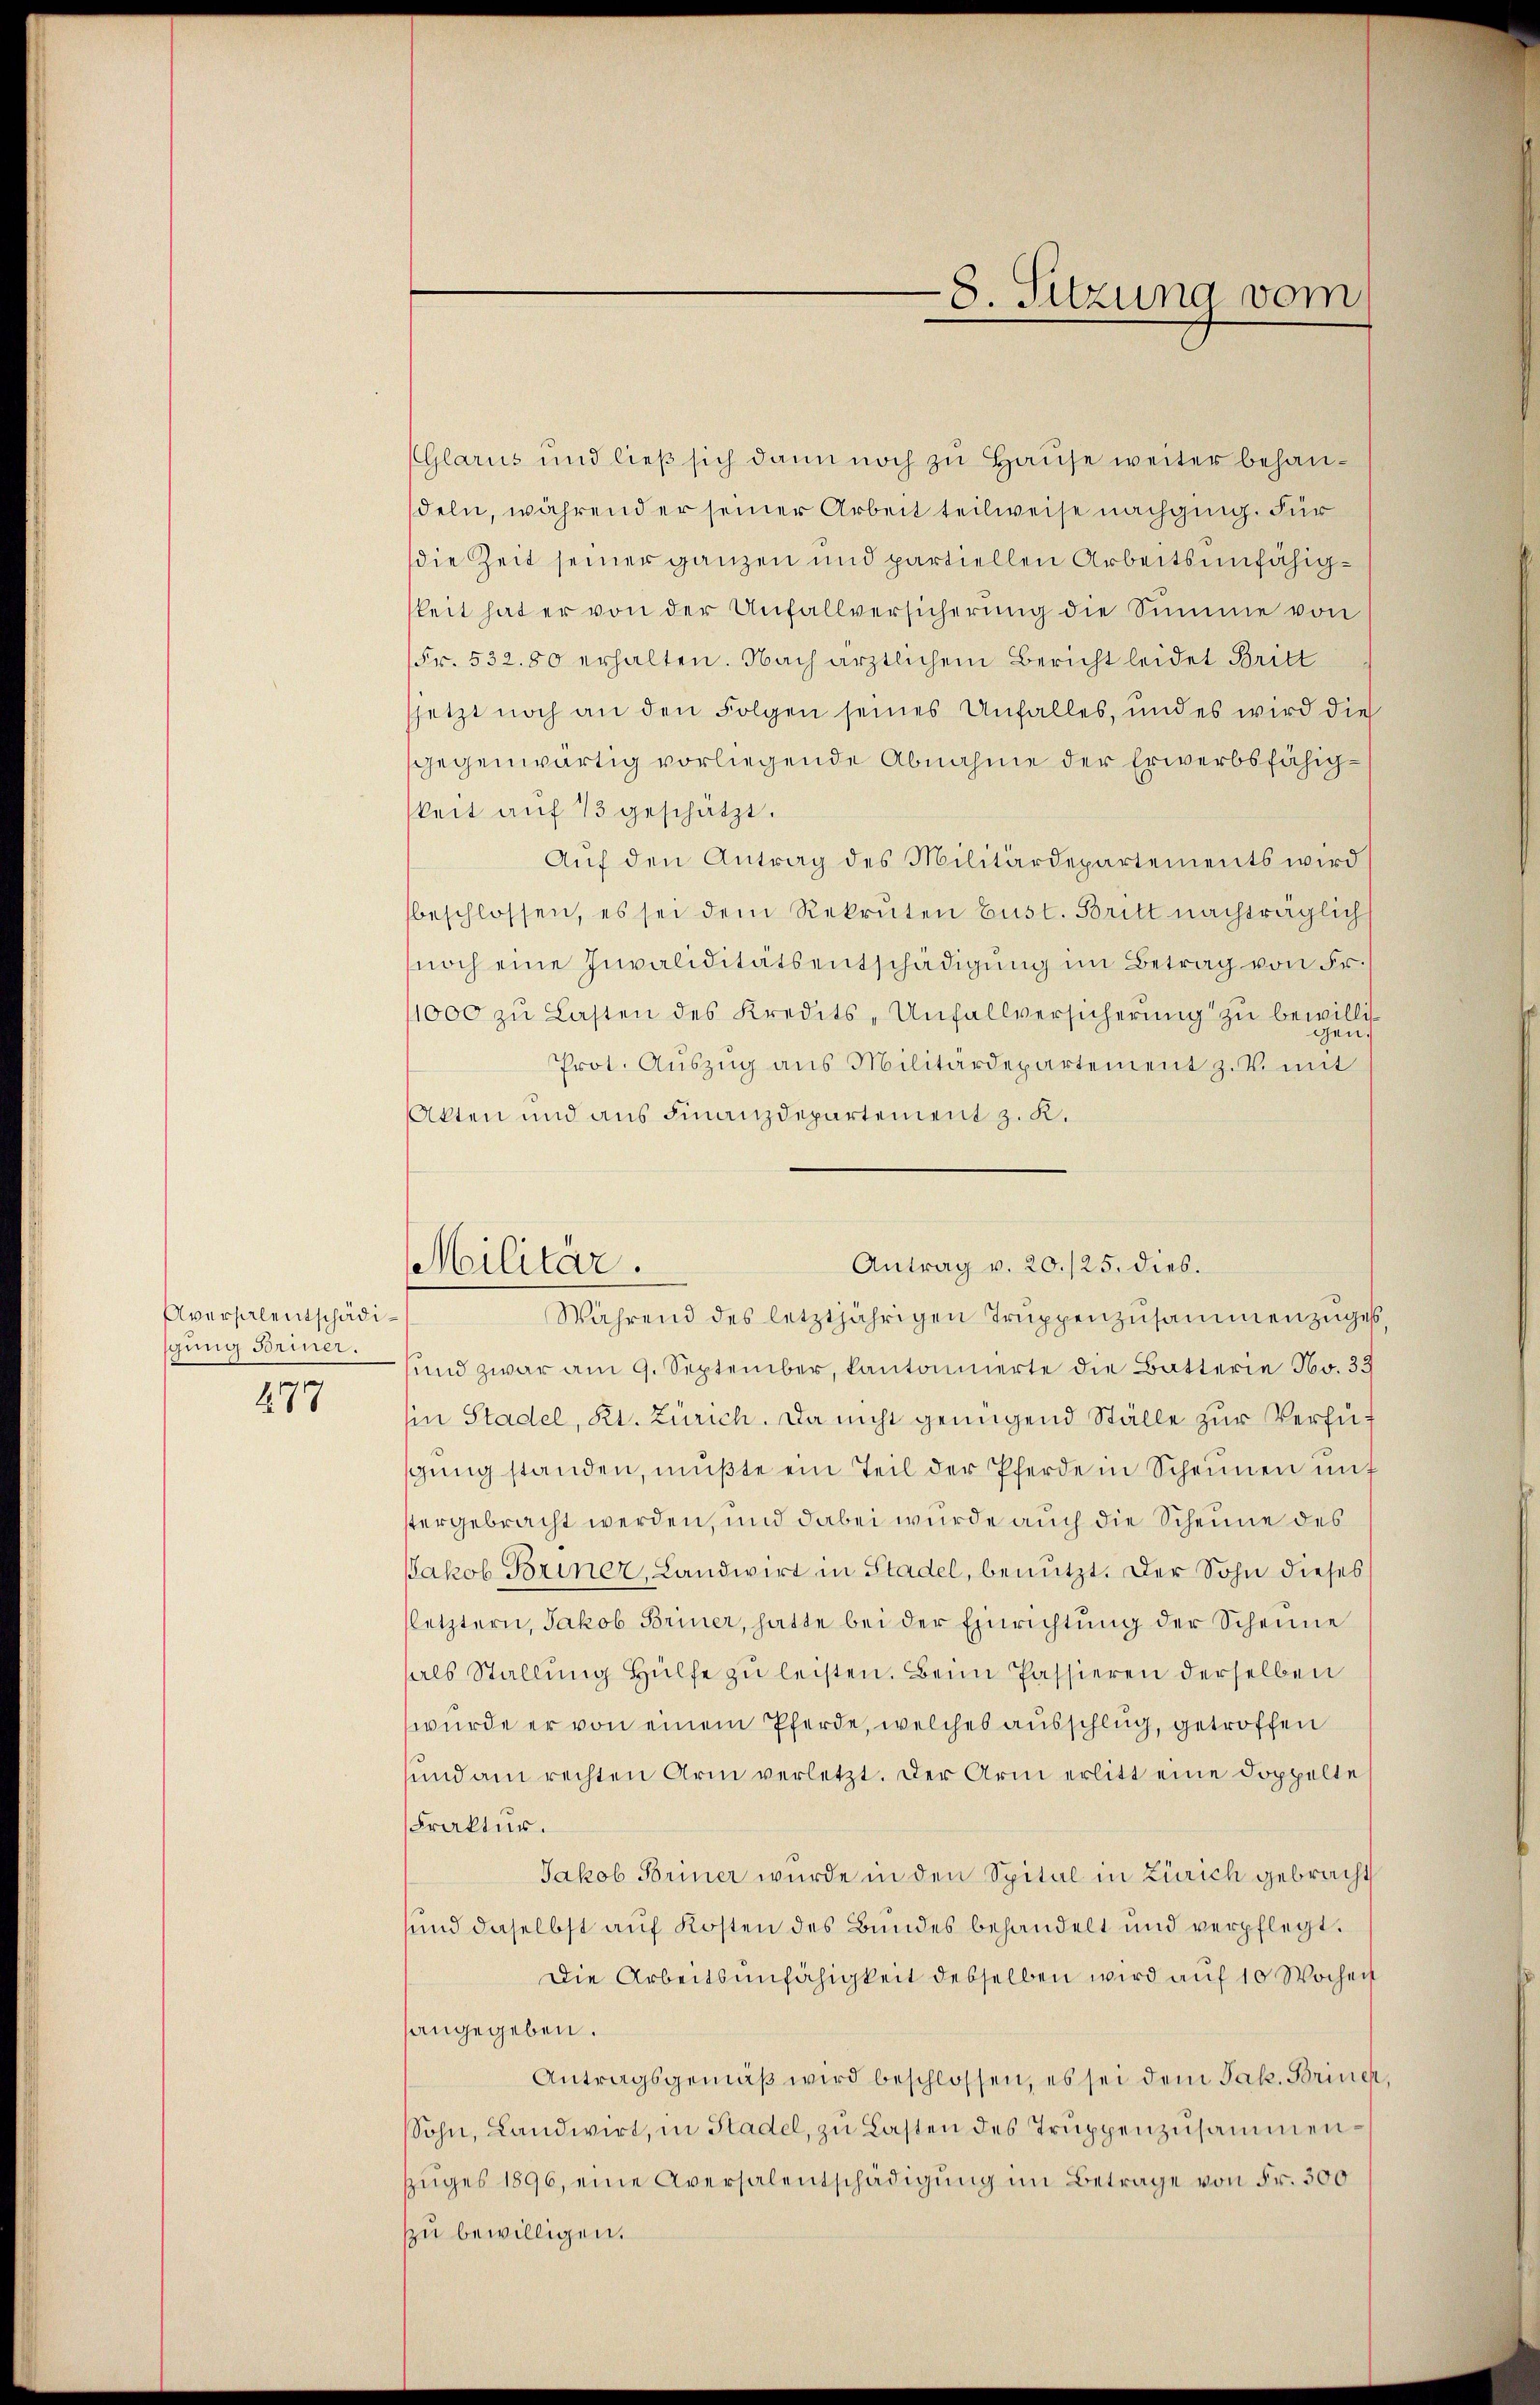
Aversalentschädigung Former.

271

Militär.

(Glarus und ließ sich dann noch zu Hause weiter behaudeln, während er seiner Arbeit teilweise nachging. Für
die Zeit seiner ganzen und partiellen Arbeitsunfähigkeit hat er von der Unfallversicherung die Summe von
Fr. 532. 80 erhalten. Nach ärztlichem Bericht leidet Britt
jetzt noch an den Folgen seines Unfalles, und es wird die
gegenwärtig vorliegende Abnahme der Erwerbsfähigkeit aŭf 13 geschätzt.
Aŭf den Antrag des Militärdepartements wird
beschlossen, es sei dem Rekruten bust. Britt nachträglich
noch eine Invaliditätsentschädigung im Betrag von Fr.
1000 zu Lasten des Kredits - Unfallversicherung zu bewilli
Prot. Aŭszŭg ans Militärdepartement z. V. mit
Akten und aus Finanzdepartement z. K.
Während des letztjährigen Truppenzusammenzuges
und zwar am 9. September, kantonnierte die Batterie No. 33
hin Stadel, Kt. Zürich. Da nicht genügend Ställe zur Verfüsgŭng standen, mußte ein Teil der Pferde in Scheunen unstergebracht werden, und dabei wurde auch die Scheune des
Jakob Briner, Landwirt in Stadel, benützt. Der Sohn dieses
(letztern, Jakob Briner, hatte bei der Einrichtung der Scheine
hals Stallŭng Hülfe zu leisten. Beim Passieren derselben
wurde er von einem Pferde, welches ausschlug, getroffen
sund am rechten Arm verletzt. Der Arm erlitt eine doppelte
Fraktur.
Jakob Briner wurde in den Spital in Zürich gebracht
sund daselbst auf Kosten des Bundes behandelt und verpflegt.
Die Arbeitsunfähigkeit desselben wird auf 10 Wochen
angegeben.
Antragsgemäß wird beschlossen, es sei dem Jak. Brinen
Sohn, Landwirt, in Stadel, zu Lasten des Truppenzusammenzŭges 1896, eine Aversalentschädigung im Betrage von Fr. 300
zu bewilligen.

-8. Sitzung vom

Antrag v. 20./25. dies.